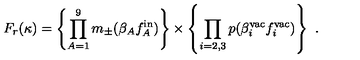
F _ { r } ( \kappa ) = \left\{ \prod _ { A = 1 } ^ { 9 } m _ { \pm } ( \beta _ { A } f _ { A } ^ { \mathrm { i n } } ) \right\} \times \left\{ \prod _ { i = 2 , 3 } p ( \beta _ { i } ^ { \mathrm { v a c } } f _ { i } ^ { \mathrm { v a c } } ) \right\} \ .